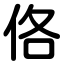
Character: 佫